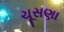
ચૂસણા